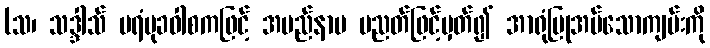
(သ၊ သဒ္ဒါသ် ပရံမုခဝါစကဖြင့် အမည်နာမ ပညတ်ဖြင့်မှတ်၍ အာရုံပြုအပ်သောကျမ်းကို